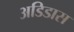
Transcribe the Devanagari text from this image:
अडिडास